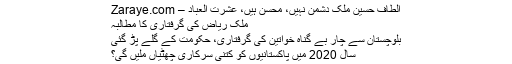
الطاف حسین ملک دشمن نہیں، محسن ہیں، عشرت العباد – Zaraye.com
ملک ریاض کی گرفتاری کا مطالبہ
بلوچستان سے چار بے گناہ خواتین کی گرفتاری، حکومت کے گلے پڑ گئی
سال 2020 میں‌ پاکستانیوں‌ کو کتنی سرکاری چھٹیاں‌ ملیں گی؟